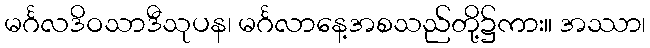
မင်္ဂလဒိဝသာဒီသုပန၊ မင်္ဂလာနေ့အစသည်တို့၌ကား။ အဿာ၊